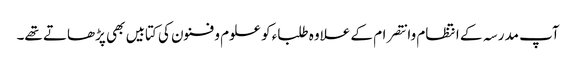
آپ مدرسہ کے انتظام وانتصرام کے علاوہ طلباء کو علوم و فنون کی کتابیں بھی پڑھاتے تھے۔